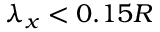
\lambda _ { x } < 0 . 1 5 R